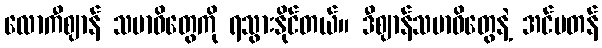
လောကီဈာန် သမာဓိတွေကို ရသွားနိုင်တယ်။ ဒီဈာန်သမာဓိတွေနဲ့ အင်မတန်